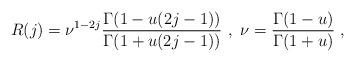
LaTeX: \begin{align*}R(j) = \nu^{1-2j} \frac{\Gamma (1 - u (2j -1))}{\Gamma (1 + u (2j -1))} ~,~ \nu = \frac{\Gamma (1 - u)}{\Gamma (1+ u)} ~,\end{align*}